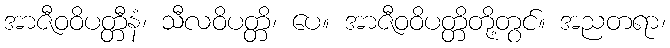
အာဇီဝဝိပတ္တီနံ၊ သီလဝိပတ္တိ၊ ပေ။ အာဇီဝဝိပတ္တိတို့တွင်။ အညတရာ၊